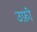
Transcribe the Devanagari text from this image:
उफ़ी